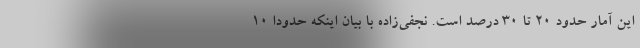
این آمار حدود ۲۰ تا ۳۰ درصد است. نجفی‌زاده با بیان اینکه حدودا ۱۰